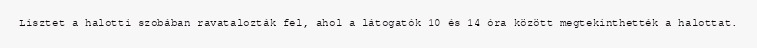
Lisztet a halotti szobában ravatalozták fel, ahol a látogatók 10 és 14 óra között megtekinthették a halottat.